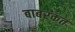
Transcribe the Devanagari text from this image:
बाबरकत